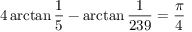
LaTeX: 4 \arctan { \frac { 1 } { 5 } } - \arctan { \frac { 1 } { 2 3 9 } } = { \frac { \pi } { 4 } }